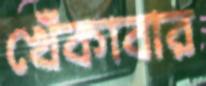
খেঁকাবার